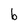
Character: b